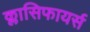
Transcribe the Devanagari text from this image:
क्लासिफायर्स